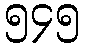
၅၄၅